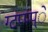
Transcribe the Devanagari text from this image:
ग्टप्प्प्े